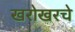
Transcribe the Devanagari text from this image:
खरोखरचे